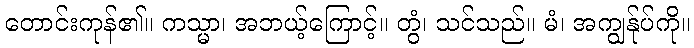
တောင်းကုန်၏။ ကသ္မာ၊ အဘယ့်ကြောင့်။ တွံ၊ သင်သည်။ မံ၊ အကျွန်ုပ်ကို။